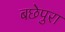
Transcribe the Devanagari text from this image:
बछेपुरा